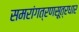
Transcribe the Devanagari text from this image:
समरांगत्रणसूत्रधार